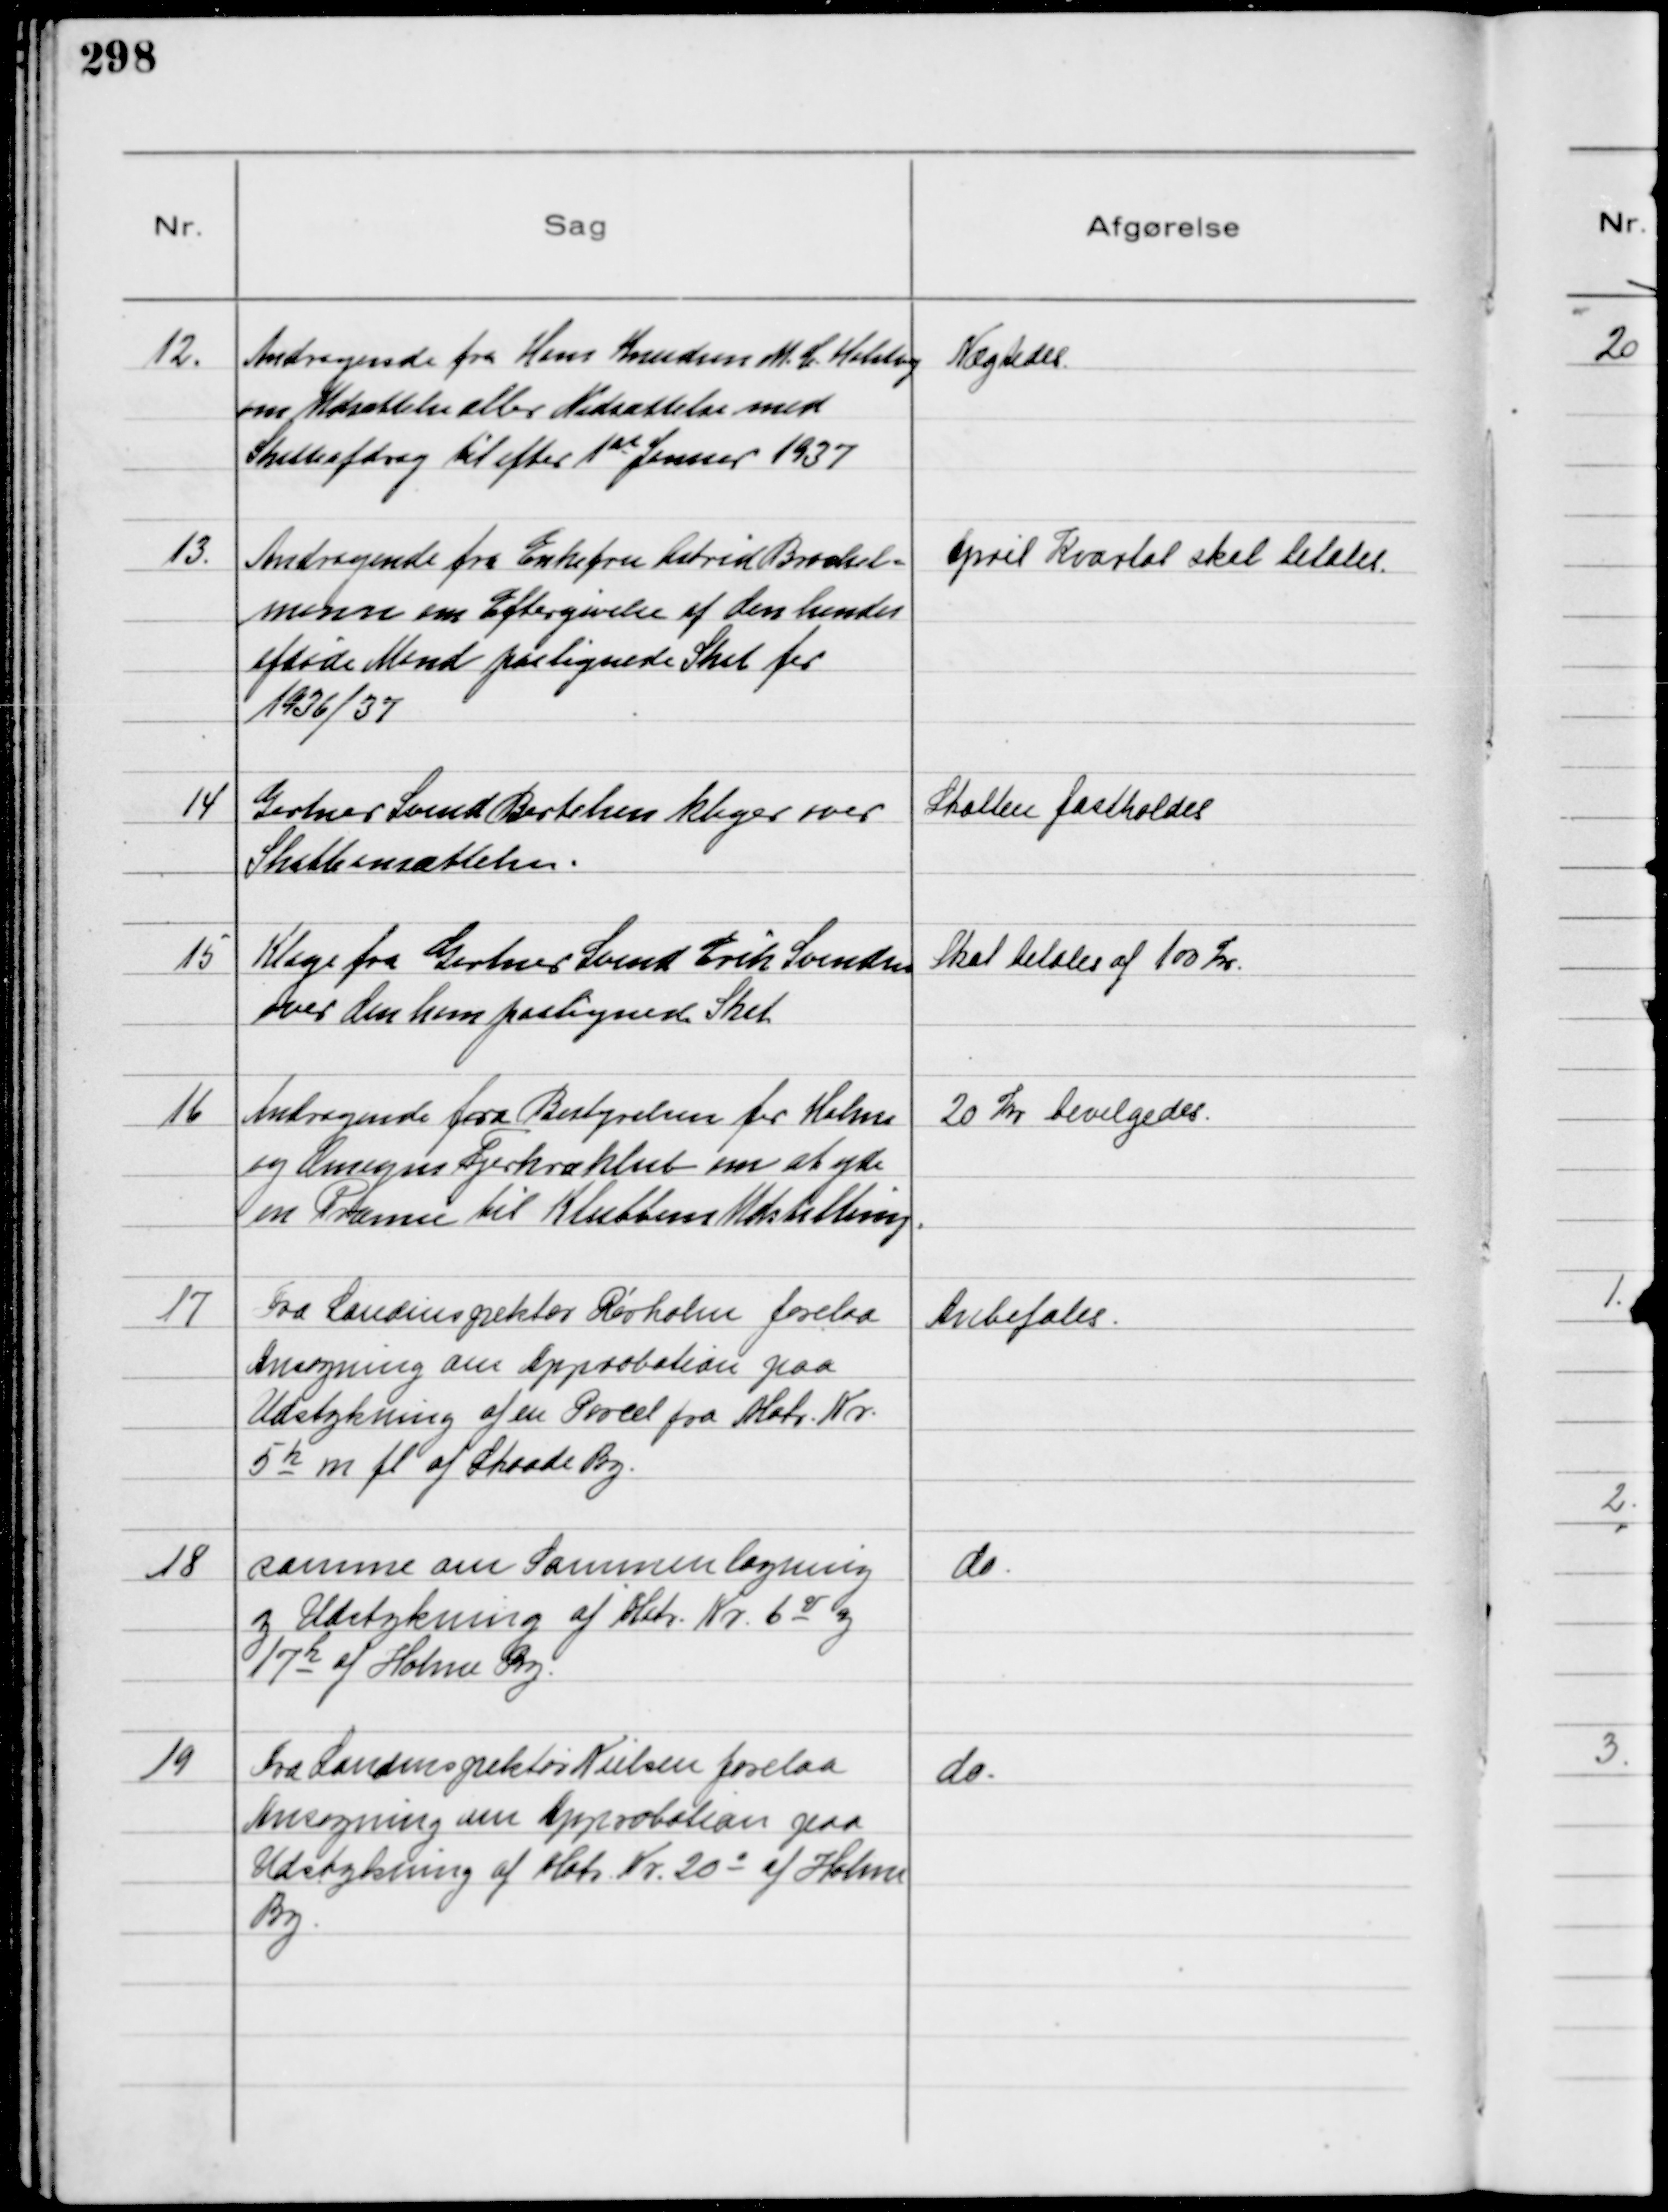
Transskription:
12.
Andragende fra Hans Knudsen M. C. Holstvej
om Udsættelse eller Nedsættelse med
Skatteafdrag til efter 1st Januar 1937

Nægtedes

13.
Andragende fra Enkefru Astrid Brochel-
mann om Eftergivelse af den hendes
afdøde Mand paalignede Skat for
1936/37

April Kvartal skal betales.

14
Gartner Svend Bertelsen klager over
Skatteansættelsen.

Skatten fastholdes

15
Klage fra Gartner Svend Erik Svendsen
over den ham paalignede Skat

Skat betales af 100 Kr.

16
Andragende fra Bestyrelsen for Holme
og Omegns Fjerkræklub om at yde
en Præmie til Klubbens Udstilling.

20 Kr bevilgedes

17
Fra Landinspektør Rørholm forelaa
Ansøgning om Approbation paa
Udstykning af en Parcel fra Matr. Nr.
5h m fl af Skaade By.

Anbefales.

18
samme om Sammenbygning
og Udstykning af Matr. Nr. 6 v og
17 h af Holme By.

do.

19
Fra Landinspektør Nielsen forelaa
Ansøgning om Approbation paa
Udstykning af Matr. Nr. 20 o af Holme
By.

do.